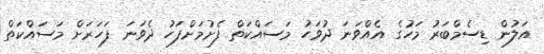
އަލުން ޑިސެމްބަރު މަހުގެ އެއްވަނަ ދުވަހު މަސައްކަތް ފެށުމަށްފަހު ދެވަނަ ފަހަރަށް މަސައްކަތް